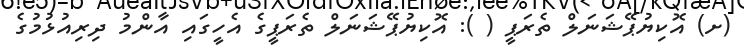
(ށ) އޮކިޔުޕޭޝަނަލް ތެރަޕީ ( ): އޮކިޔުޕޭޝަނަލް ތެރަޕީގެ އެހީގައި އާންމު ދިރިއުޅުމުގެ